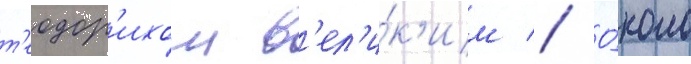
т'еодор'ихом в'ел'и́к'им // О́коло